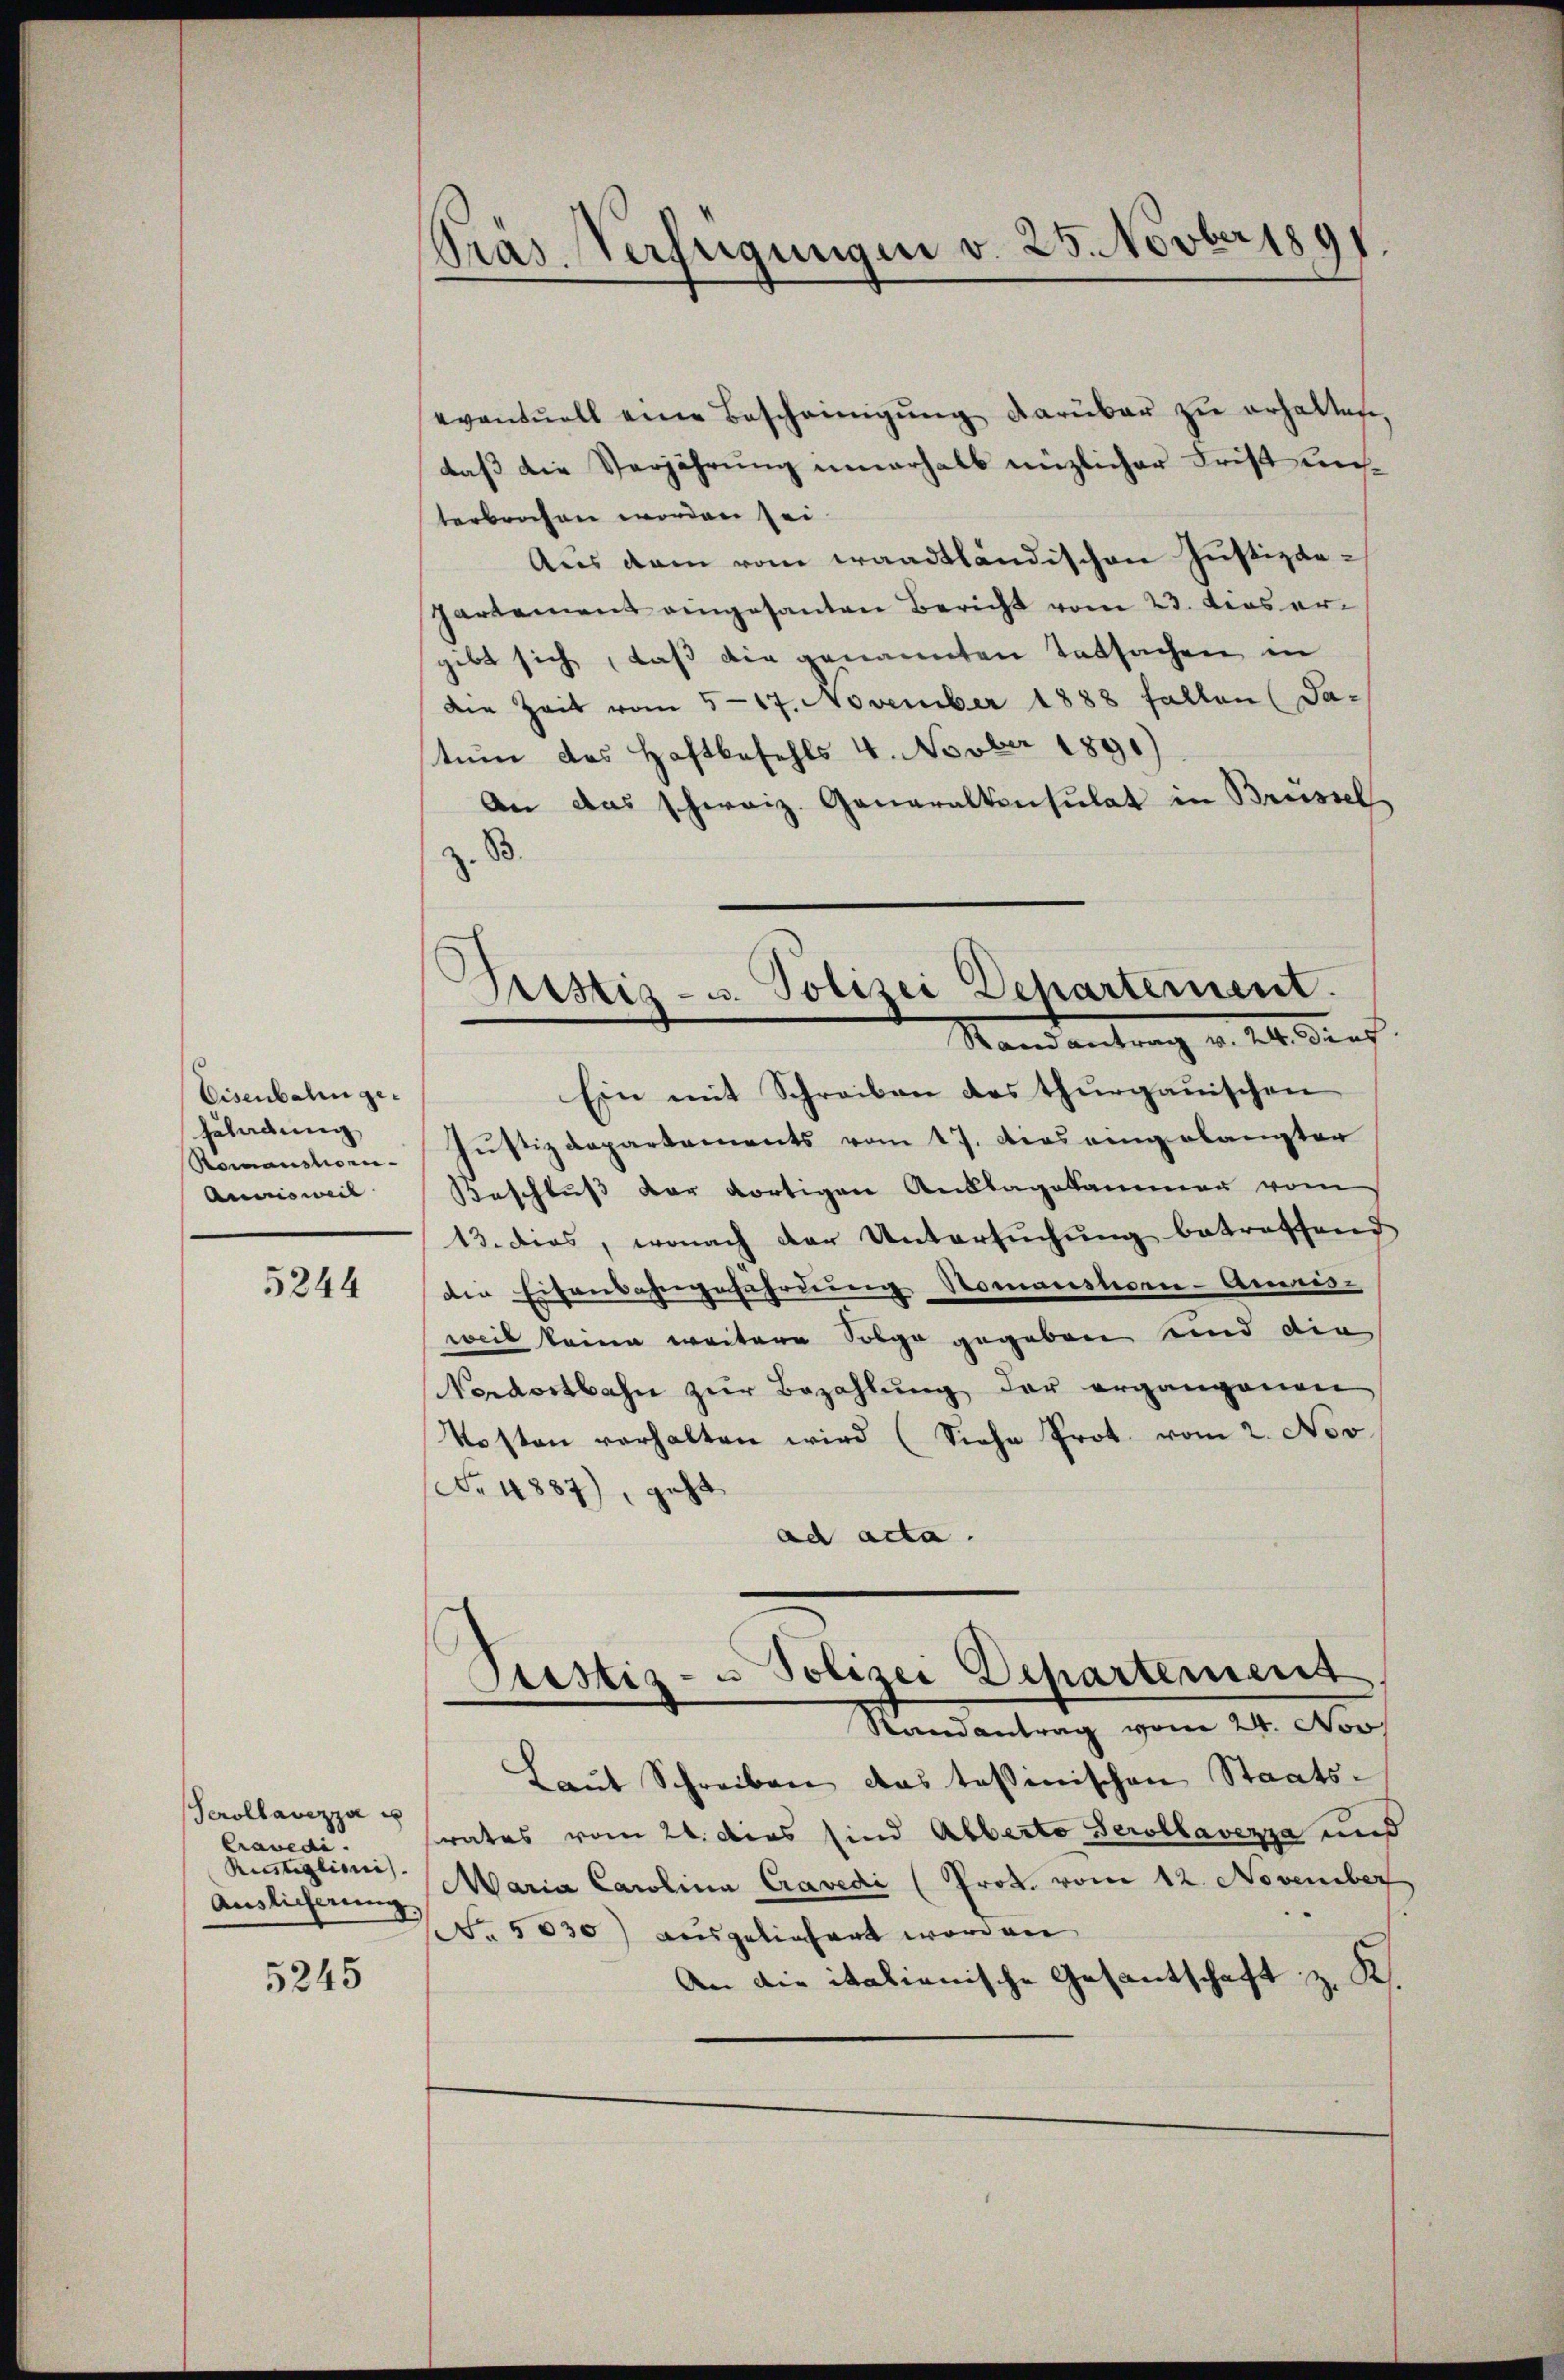
Eisenbahn ge¬
Ecladung
Romanstoen-
Anmsweil

5244

Perollavezza u
Cravedi.
Rustiglinis
Auslieferung,

5245

Gras Verfügungen v. 25. Novber 189

eventuell eine Bescheinigŭng darüber zŭ erhalten,
daß die Verjährung innerhalb nüzlicher Frist unterbrochen worden sei.
Aus dem vom waadtländischen Justizdepartement eingesanten Bericht vom 23. das ergibt sich, daß die genannten Tatsachen in
Die Zeit vom 517. November 1888 fallen (Sa-
tum das Haftbefehls 4. Novber 1891)
An das schweiz. Generalkonsulat in Brüssel
z. B.
Tristiz- u. Polizei Departement.
Mandantrag v. 21. Prof.
Ein mit Schreiben des thurgauischen
Justizdepartements vom 17. dies eingelangter
Beschluss der dortigen Anklagskammen vom
13. das, wonach der Untersŭchŭng betreffend
den Eisenbahngeführung Nomanslosen-Ameisweil keine weitere Folge gegeben und die
Nordostbahn zur Bezahlung der ergangenen
Kosten verhalten wird (Siehe Prot. vom 2. Nov.
r 4887), geht
ad acta.

Sistiz- u Polizei Departement

Randantrag vom 24. Nov
Laut Schreiben das tessinischen Staats-
rates vom 21. dies sind Alberto Perollavezza und
Maria Carolina Cravedi (Prok. vom 12. November
No. 5030) ausgeliefert worden
An die italienische Gesantschaft z. K